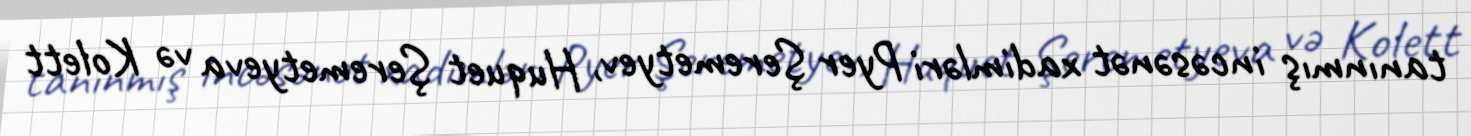
tanınmış incəsənət xadimləri Pyer Şeremetyev, Huquet Şeremetyeva və Kolett